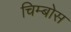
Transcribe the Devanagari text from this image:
चिम्बोस